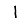
Digit: 1